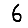
Digit: 6